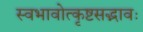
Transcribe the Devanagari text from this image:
स्वभावोत्कृष्टसद्भावः